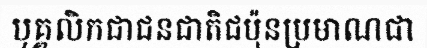
បុគ្គលិកជាជនជាតិជប៉ុនប្រមាណជា